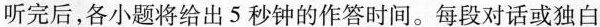
听完后,各小题将给出5秒钟的作答时间。每段对话或独白